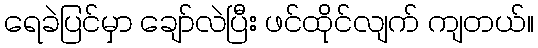
ရေခဲပြင်မှာ ချော်လဲပြီး ဖင်ထိုင်လျက် ကျတယ်။